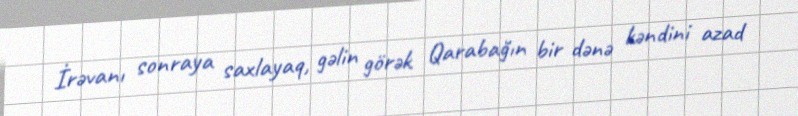
İrəvanı sonraya saxlayaq, gəlin görək Qarabağın bir dənə kəndini azad